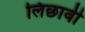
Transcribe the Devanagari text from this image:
लिछावी